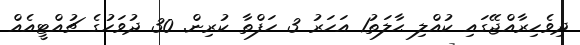
ދިވެހިރާއްޖޭގައި ކުއްލި ޙާލަތު1 އަހަރު 3 ހަފްތާ ކުރިން. 30 ދުވަހުގެ ޗުއްޓީއެއް